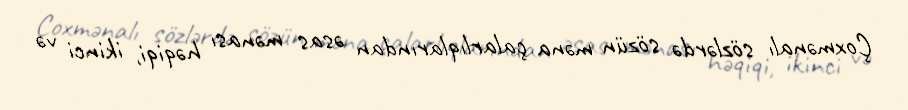
Çoxmənalı sözlərdə sözün məna çalarlıqlarından əsas mənası həqiqi, ikinci və